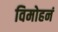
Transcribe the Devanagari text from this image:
विमोहनं